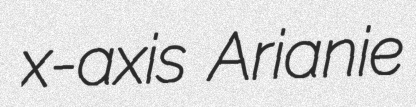
x-axis Arianie